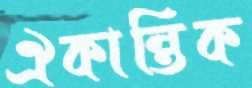
ঐকান্তিক